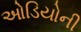
ઓડિયોની